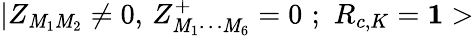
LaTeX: |Z_{\mathit{M}_{1}\mathit{M}_{2}}\neq0,\, Z_{\mathit{M}_{1}\cdots\mathit{M}_{6}}^{+}=0\, \, ;\, \, R_{c,K}={\mathbf{1}>}